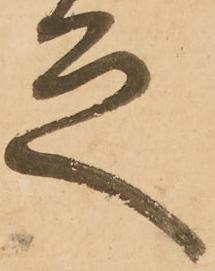
足